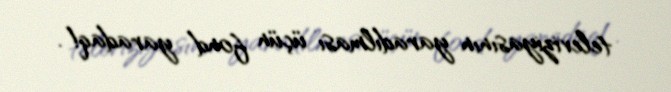
televiziyasının yaradılması üçün fond yaradaq!.